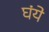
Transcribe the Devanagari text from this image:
घंये